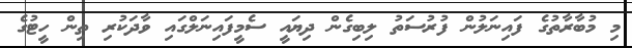
މި މުބާރާތުގެ ފައިނަލުން ފުރުސަތު ލިބިގެން ދިޔައީ ސެމީފައިނަލްގައި ވާދަކުރި ތިން ހީޓުގެ